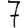
Digit: 7